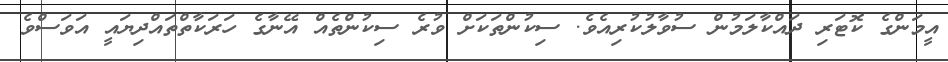
އީމަންގެ ކޮޓަރި ދައްކާލަމުން ސުވާލުކުރިއެވެ. ސިކުންތަކަށް ވުރެ ސިކުންތެއް އޭނާގެ ހަރަކާތްތައްދިޔައީ އަވަސްވެ